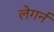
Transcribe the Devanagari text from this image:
लेगर्न